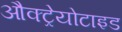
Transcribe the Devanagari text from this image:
औक्ट्रेयोटाइड